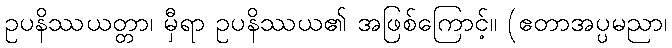
ဥပနိဿယတ္တာ၊ မှီရာ ဥပနိဿယ၏ အဖြစ်ကြောင့်။ (ဧတာအပ္ပမညာ၊